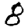
Digit: 8